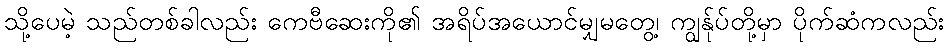
သို့ပေမဲ့ သည်တစ်ခါလည်း ကေဗီဆေးကို၏ အရိပ်အယောင်မျှမတွေ့၊ ကျွန်ုပ်တို့မှာ ပိုက်ဆံကလည်း